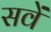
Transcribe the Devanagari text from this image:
सवें